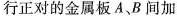
行正对的金属板A、B间加